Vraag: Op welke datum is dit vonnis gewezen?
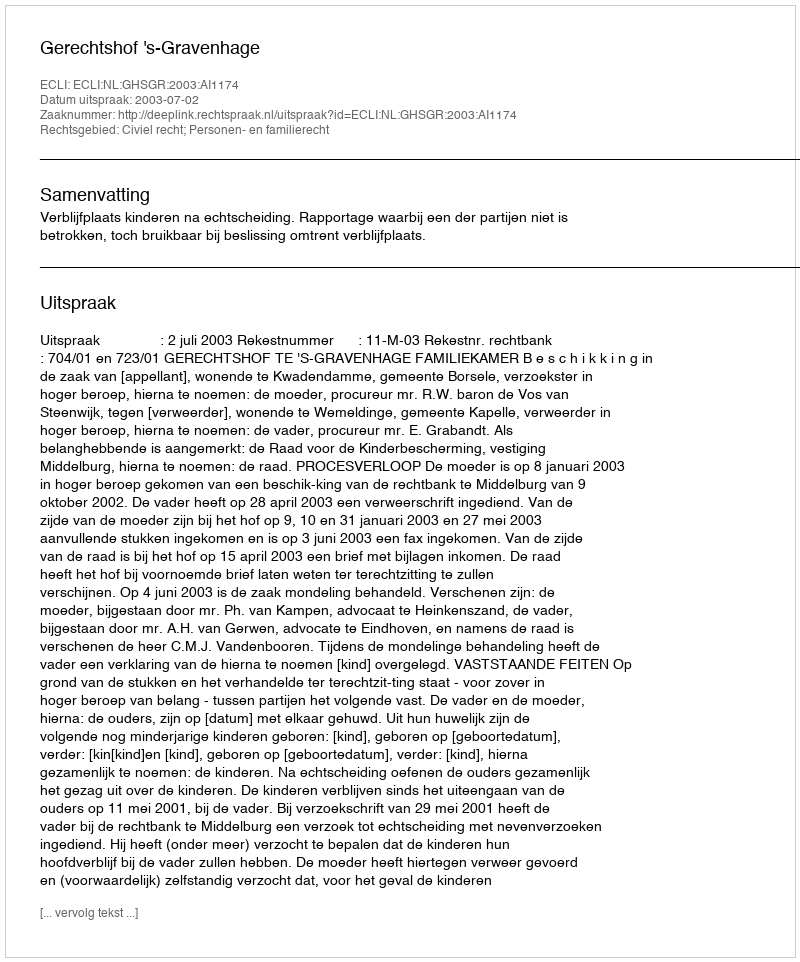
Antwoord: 2003-07-02